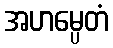
အဟမ္ပေတံ